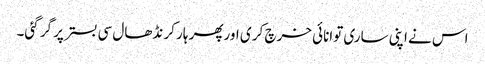
اس نے اپنی ساری توانائی خرچ کر ی اورپھر ہار کر نڈھال سی بستر پر گر گئی۔